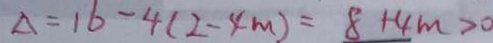
\Delta = 1 6 - 4 ( 2 - 4 m ) = 8 + 4 m > 0